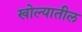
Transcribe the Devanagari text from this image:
खोल्यातील